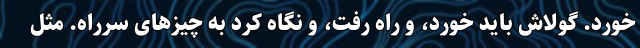
خورد. گولاش باید خورد، و راه رفت، و نگاه کرد به چیزهای سرراه. مثل